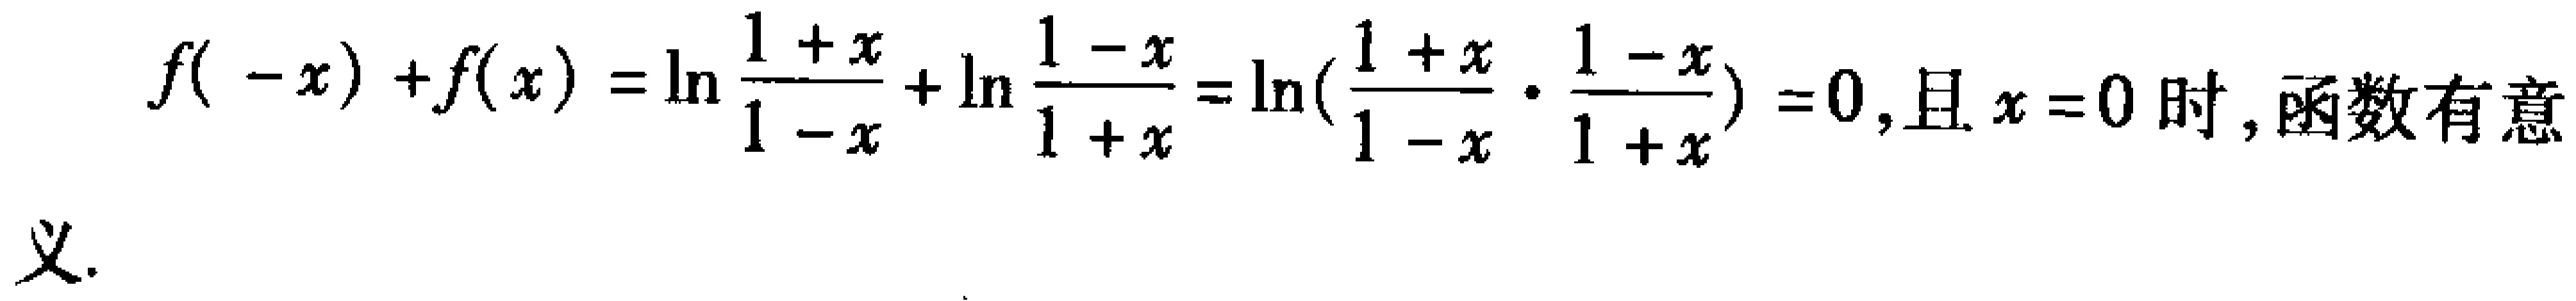
\[

f(-x)+f(x)=\ln\frac{1 + x}{1 - x}+\ln\frac{1 - x}{1 + x}=\ln(\frac{1 + x}{1 - x}\cdot\frac{1 - x}{1 + x}) = 0,且x = 0时,函数有意义.

\]